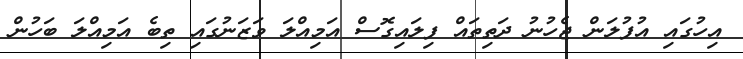
އިހުގައި އުފުލަން ޖެހުނު ދަތިތައް ފިލައިގޮސް އަމިއްލަ ވަޒަނުގައި ތިބެ އަމިއްލަ ބަހުން